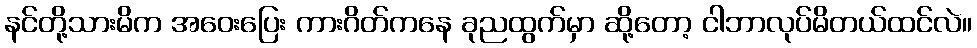
နင်တို့သားမိက အဝေးပြေး ကားဂိတ်ကနေ ခုညထွက်မှာ ဆို့တော့ ငါဘာလုပ်မိတယ်ထင်လဲ။